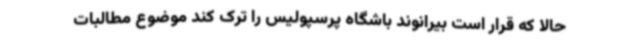
حالا که قرار است بیرانوند باشگاه پرسپولیس را ترک کند موضوع مطالبات